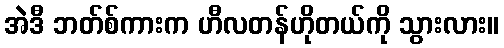
အဲဒီ ဘတ်စ်ကားက ဟီလတန်ဟိုတယ်ကို သွားလား။